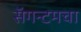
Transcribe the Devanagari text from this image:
सॅगन्टमचा